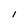
Character: l